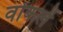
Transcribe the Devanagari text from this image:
वोकलें